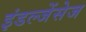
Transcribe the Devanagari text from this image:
इंडल्जेंसेज